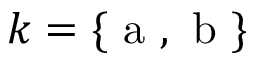
k = \{ \mathrm { ~ a ~ } , \mathrm { ~ b ~ } \}